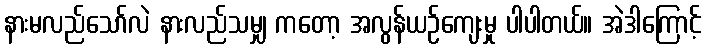
နားမလည်သော်လဲ နားလည်သမျှ ကတော့ အလွန်ယဉ်ကျေးမှု ပါပါတယ်။ အဲဒါကြောင့်